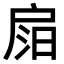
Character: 𢩎